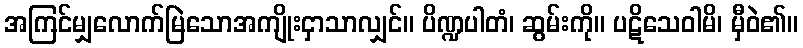
အကြင်မျှလောက်မြဲသောအကျိုးငှာသာလျှင်။ ပိဏ္ဍပါတံ၊ ဆွမ်းကို။ ပဋိသေဝါမိ၊ မှီဝဲ၏။